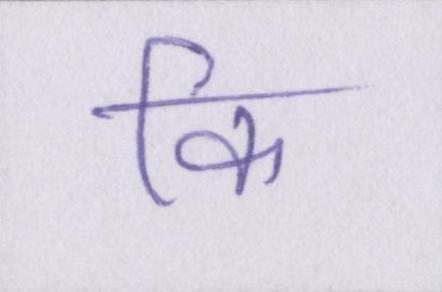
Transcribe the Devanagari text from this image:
कि